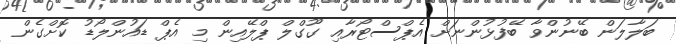
ބަލާލަން ބޭނުންވާ ބޭފުޅުންނަށް އެޕްސްޓޯރާއި ގޫގްލް ޕްލޭއިން މި އެޕް ޑައުންލޯޑު ކޮށްގެން